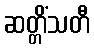
ဆတ္တိံသတီ